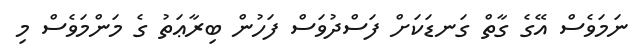
ނަމަވެސް އޭގެ ގާތް ގަނޑަކަށް ފަސްދުވަސް ފަހުން ބިރާޢަތު ގެ މަންމަވެސް މި